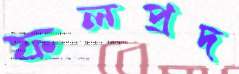
ফলপ্রদ